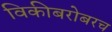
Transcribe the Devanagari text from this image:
विकीबरोबरच